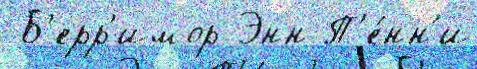
 Б'ерр'имор Энн П'е́нн'и